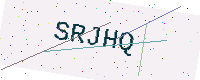
Text: SRJHQ